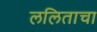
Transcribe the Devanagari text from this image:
ललिताचा